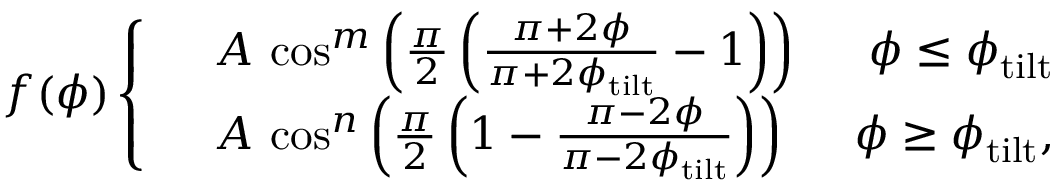
f ( \phi ) \left\{ \begin{array} { r l r } & { A \, \cos ^ { m } \left( \frac { \pi } { 2 } \left( \frac { \pi + 2 \phi } { \pi + 2 \phi _ { \mathrm { t i l t } } } - 1 \right) \right) \; } & { \phi \leq \phi _ { \mathrm { t i l t } } } \\ & { A \, \cos ^ { n } \left( \frac { \pi } { 2 } \left( 1 - \frac { \pi - 2 \phi } { \pi - 2 \phi _ { \mathrm { t i l t } } } \right) \right) \; } & { \phi \geq \phi _ { \mathrm { t i l t } } , } \end{array} \right.